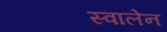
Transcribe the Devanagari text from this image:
स्वालेन